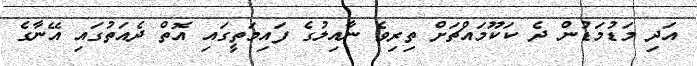
އަދި މަޑުމަޑުން ދެ ކަކޫމައްޗަށް ތިރިވެ ނާއިލުގެ ފައިމަތީގައި އޮތް ދެއަތުގައި އޭނާގެ